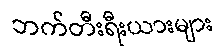
ဘက်တီးရီးယားများ